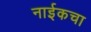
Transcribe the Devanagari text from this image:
नाईकचा